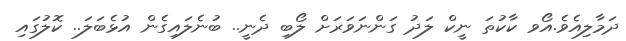
ދަމާލިއެވެ.އޯވ ކާކުތަ ނީކް ލަދު ގަންނަވަރަށް ލޯބި ދެނީ.. ބުނެލައިގެން އުޅެބަލަ.. ކޮލުގައި